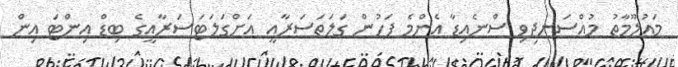
މައުލޫމާތު މުއްސަނދިވި ސްނެއިޑާ އެންމެ ފަހުން ގަލަތަސަރާއީ އަށްގަލަޓަސަރާއީގެ ބިޑް އިންޓަ އިން